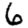
Digit: 6